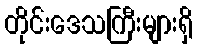
တိုင်းဒေသကြီးများရှိ